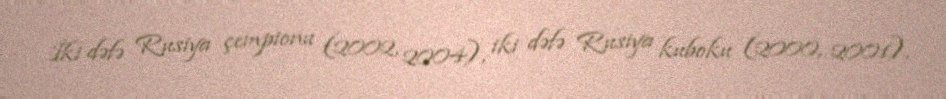
İki dəfə Rusiya çempionu (2002, 2004), iki dəfə Rusiya kuboku (2000, 2001),